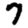
Digit: 7